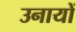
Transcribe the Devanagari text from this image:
उनायों